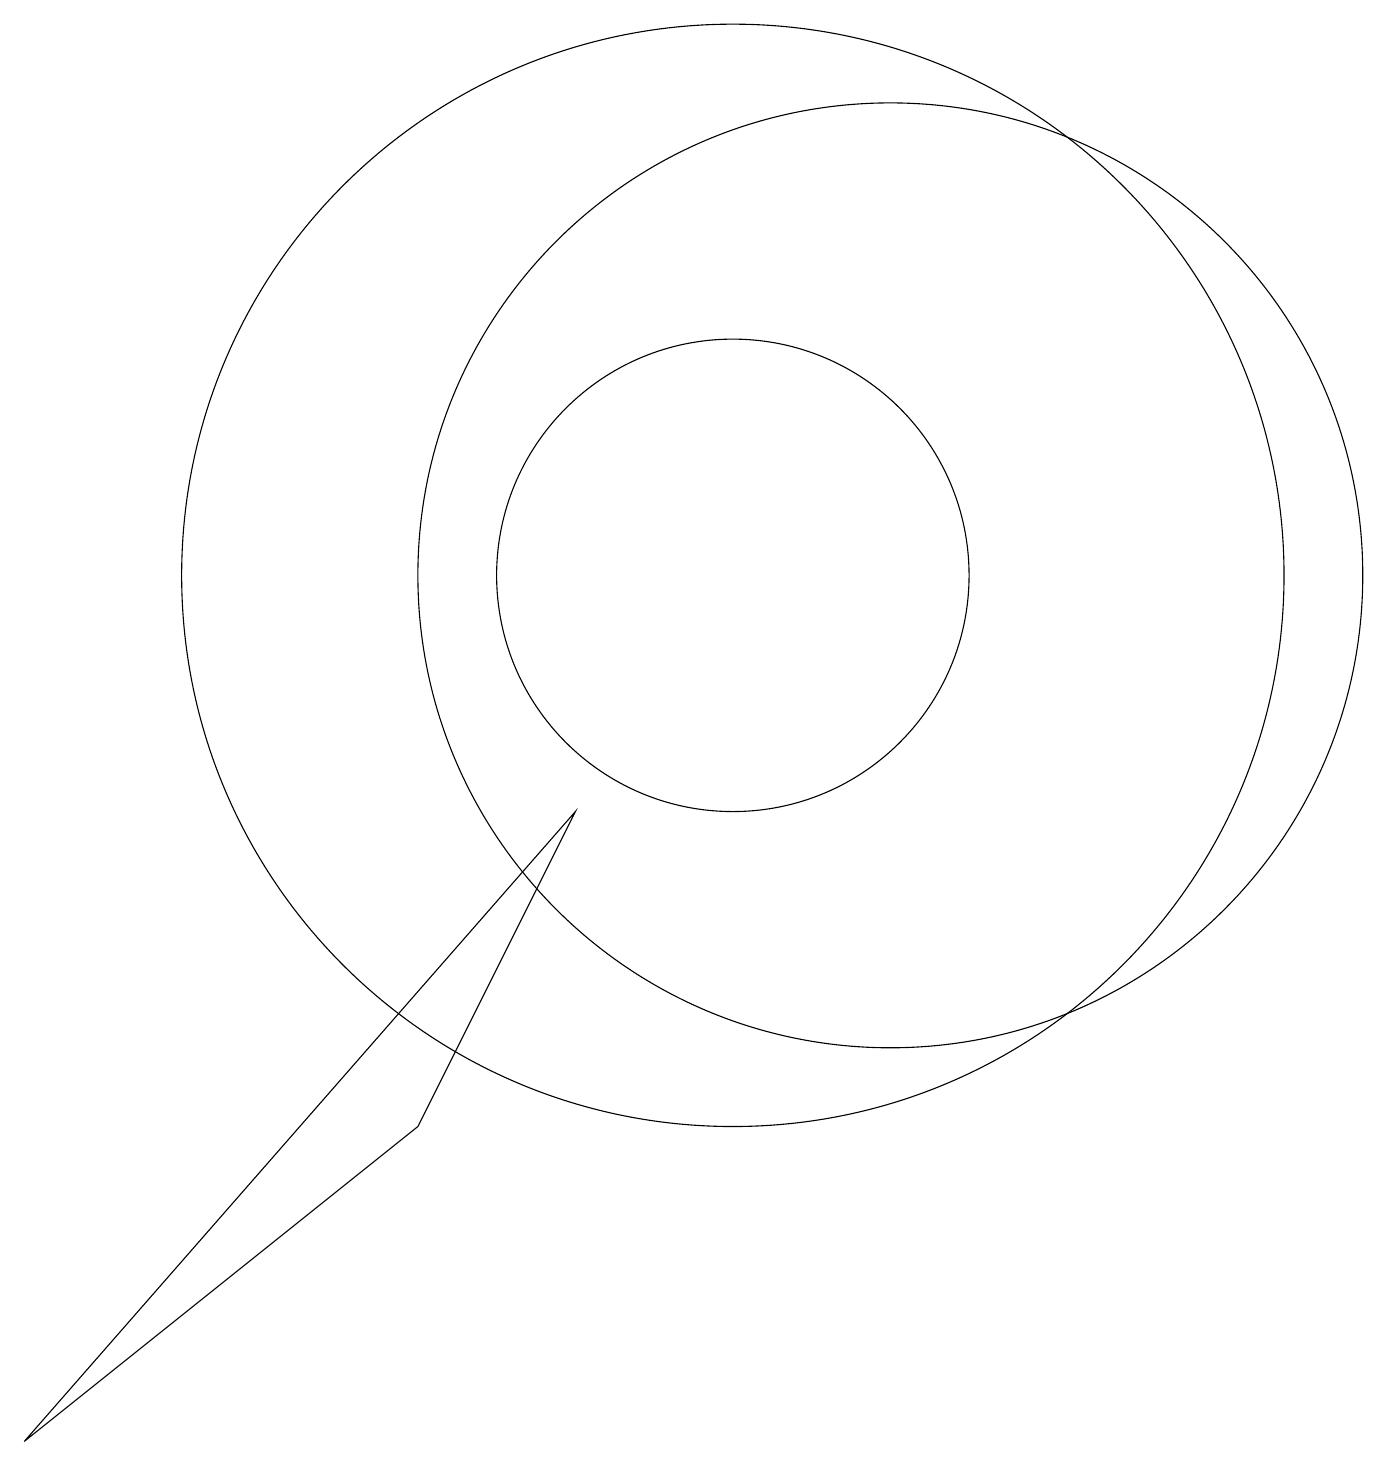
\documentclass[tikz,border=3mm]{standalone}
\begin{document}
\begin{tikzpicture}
\draw (12,11) circle (6);
\draw (8,8) -- (6,4) -- (1,0) -- cycle;
\draw (10,11) circle (7);
\draw (10,11) circle (3);
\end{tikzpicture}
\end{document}